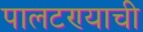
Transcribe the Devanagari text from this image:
पालटण्याची